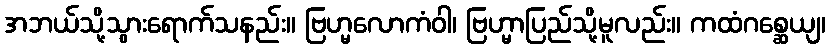
အဘယ်သို့သွားရောက်သနည်း။ ဗြဟ္မလောကံဝါ၊ ဗြဟ္မာပြည်သို့မူလည်း။ ကထံဂစ္ဆေယျ၊